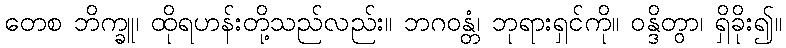
တေစ ဘိက္ခူ၊ ထိုရဟန်းတို့သည်လည်း။ ဘဂဝန္တံ၊ ဘုရားရှင်ကို။ ဝန္ဒိတွာ၊ ရှိခိုး၍။